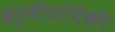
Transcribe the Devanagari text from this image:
धर्मीयांपैकी